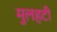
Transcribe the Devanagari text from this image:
मुलहटी